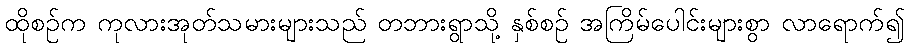
ထိုစဉ်က ကုလားအုတ်သမားများသည် တဘားရွာသို့ နှစ်စဉ် အကြိမ်ပေါင်းများစွာ လာရောက်၍